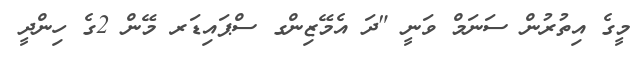
މީގެ އިތުރުން ސަނަމް ވަނީ "ދަ އެމޭޒިންގ ސްޕައިޑަރ މޭން 2ގެ ހިންދީ